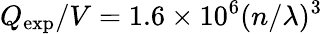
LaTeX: Q_{\mathrm{exp}}/V=1.6\times 10^{6}(n/\lambda)^{3}